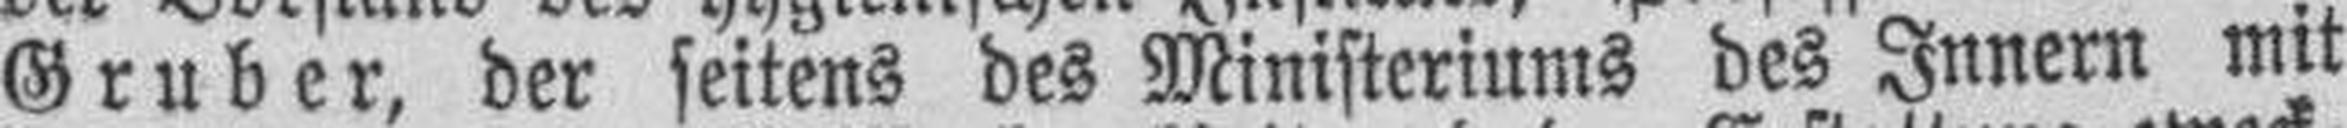
Gruber, der seitens des Ministeriums des Innern mit